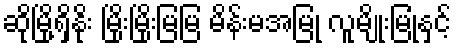
ဆိုမြို့ရှိနိုး မြိုးမြိုးမြမြ မိန်းမအမြုံ လူမျိုးမြုံနှင့်